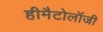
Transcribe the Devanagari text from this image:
हीमैटोलॉजी